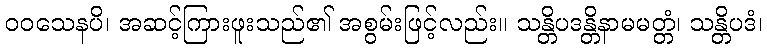
ဝဝသေနပိ၊ အဆင့်ကြားဖူးသည်၏ အစွမ်းဖြင့်လည်း။ သန္တိပဒန္တိနာမမတ္တံ၊ သန္တိပဒံ၊